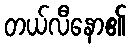
တယ်လီနော၏